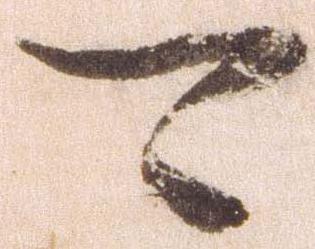
可